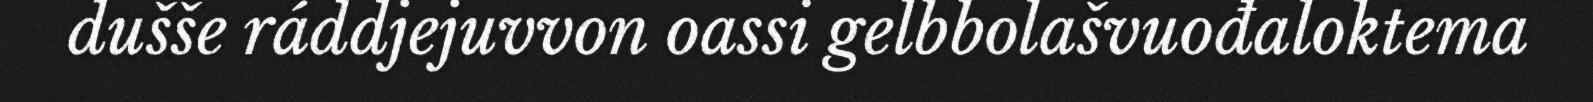
dušše ráddjejuvvon oassi gelbbolašvuođaloktema